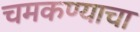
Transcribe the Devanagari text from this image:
चमकण्याचा